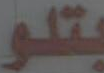
بتلو